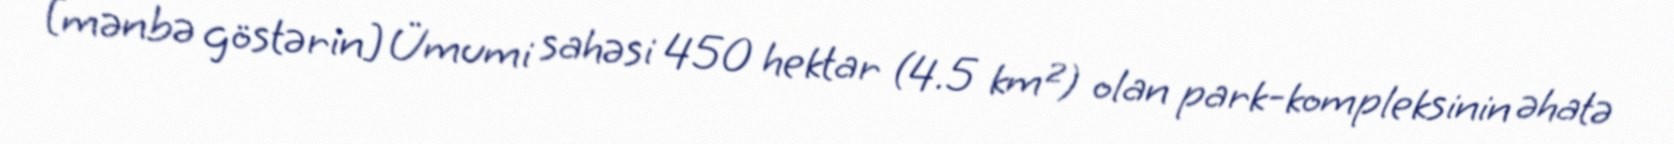
[mənbə göstərin] Ümumi sahəsi 450 hektar (4.5 km²) olan park-kompleksinin əhatə